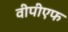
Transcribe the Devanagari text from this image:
वीपीएफ